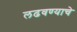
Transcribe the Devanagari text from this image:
लढवण्याचे